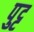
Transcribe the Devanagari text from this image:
पुट्ट